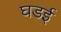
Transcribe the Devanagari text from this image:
घडई